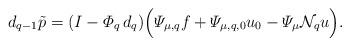
LaTeX: \begin{align*} d_{q-1} \tilde p = (I- \varPhi_q \, d_q) \Big(\varPsi_{\mu,q} f + \varPsi_{\mu,q,0} u_0 - \varPsi_\mu {\mathcal N}_q u\Big). \end{align*}